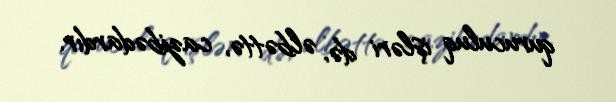
quruculuq işləri də, əlbəttə, cazibədardır.